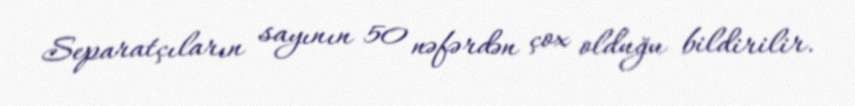
Separatçıların sayının 50 nəfərdən çox olduğu bildirilir.